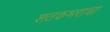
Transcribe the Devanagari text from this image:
शतकभराचा